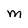
Character: M